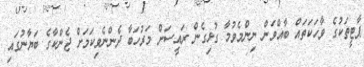
ޕާޓީތަކުގެ ވާހަކަތައް ބާއްވަން ނިންމެވުމާ ގުޅިގެން ރައީސަށް މަރުހަބާ ދެންނެވިކަމަށް ޖެންކާގެ ބަޔާނުގައި